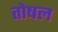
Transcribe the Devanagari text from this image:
तोषल